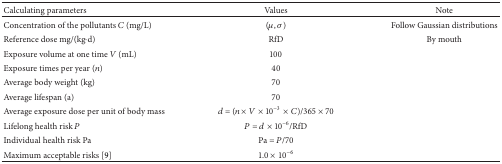
<table><thead><tr><td><b>Calculating parameters</b></td><td><b>Values </b></td><td><b>Note</b></td></tr></thead><tbody><tr><td>Concentration of the pollutants <i>C</i> (mg/L)</td><td>(<i>μ</i>, <i>σ</i>)</td><td>Follow Gaussian distributions</td></tr><tr><td>Reference dose mg/(kg·d)</td><td>RfD</td><td>By mouth</td></tr><tr><td>Exposure volume at one time <i>V</i> (mL)</td><td>100</td><td> </td></tr><tr><td>Exposure times per year (<i>n</i>)</td><td>40</td><td> </td></tr><tr><td>Average body weight (kg)</td><td>70</td><td> </td></tr><tr><td>Average lifespan (a)</td><td>70</td><td> </td></tr><tr><td>Average exposure dose per unit of body mass</td><td><i>d</i> = (<i>n</i> × <i>V</i> × 10<sup>−3</sup>× <i>C</i>)/365 × 70</td><td> </td></tr><tr><td>Lifelong health risk <i>P</i></td><td><i>P</i> = <i>d</i> × 10<sup>−6</sup>/RfD</td><td> </td></tr><tr><td>Individual health risk Pa</td><td>Pa = <i>P</i>/70</td><td> </td></tr><tr><td>Maximum acceptable risks [9]</td><td>1.0 × 10<sup>−6</sup></td><td> </td></tr></tbody></table>